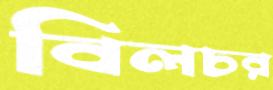
বিলচর